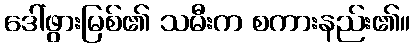
ဒေါ်ဖွားမြစ်၏ သမီးက စကားနည်း၏။